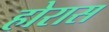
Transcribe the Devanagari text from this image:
होरास